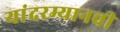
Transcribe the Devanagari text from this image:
यांदरम्यानची